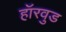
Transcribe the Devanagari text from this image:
हॉरवुड